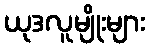
ယုဒလူမျိုးများ